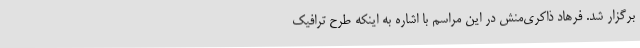
برگزار شد. فرهاد ذاکری‌منش در این مراسم با اشاره به اینکه طرح ترافیک